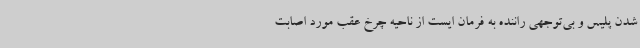
شدن پلیس و بی‌توجهی راننده به فرمان ایست از ناحیه چرخ عقب مورد اصابت